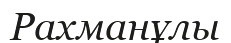
Рахманұлы